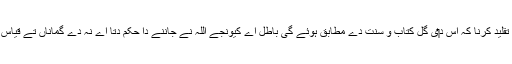
صرف اس گمان تے قیاس اُتے امام د‏‏ی اَنھّا دھند تقلید کرنا کہ اُس د‏‏ی گل کتاب و سنت دے مطابق ہوئے گی باطل اے کیونجے اللہ نے جاننے دا حکم دتا اے نہ دے گماناں تے قیاس آرائیاں دا (ویکھو امام شافعی د‏‏ی آخری تعریف)۔